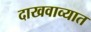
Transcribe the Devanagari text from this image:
दाखवाव्यात